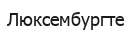
Люксембургте